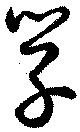
學